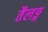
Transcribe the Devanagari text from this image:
तैलङ्ग